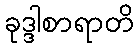
ခုဒ္ဒါစာရာတိ